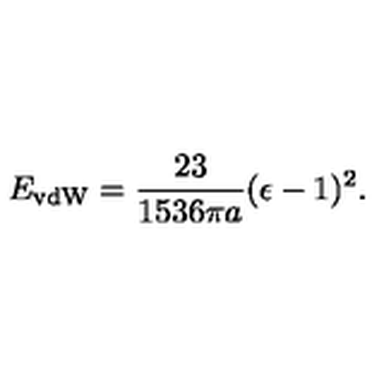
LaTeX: E _ { \mathrm { v d W } } = { \frac { 2 3 } { 1 5 3 6 \pi a } } ( \epsilon - 1 ) ^ { 2 } .